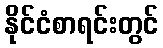
နိုင်ငံစာရင်းတွင်